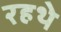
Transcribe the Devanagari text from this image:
रहथे